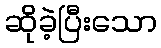
ဆိုခဲ့ပြီးသော